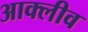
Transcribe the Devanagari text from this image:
आक्लीव